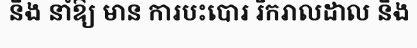
នឹង នាំឱ្យ មាន ការបះបោរ រីករាលដាល និង